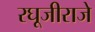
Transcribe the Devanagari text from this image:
रघूजीराजे